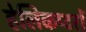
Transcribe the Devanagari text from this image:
हेलिकप्टरों